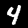
Digit: 4